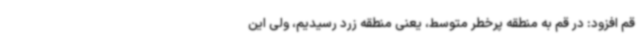
قم افزود: در قم به منطقه پرخطر متوسط، یعنی منطقه زرد رسیدیم، ولی این